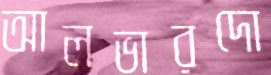
আলভারদো